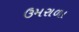
ઉમરાળા